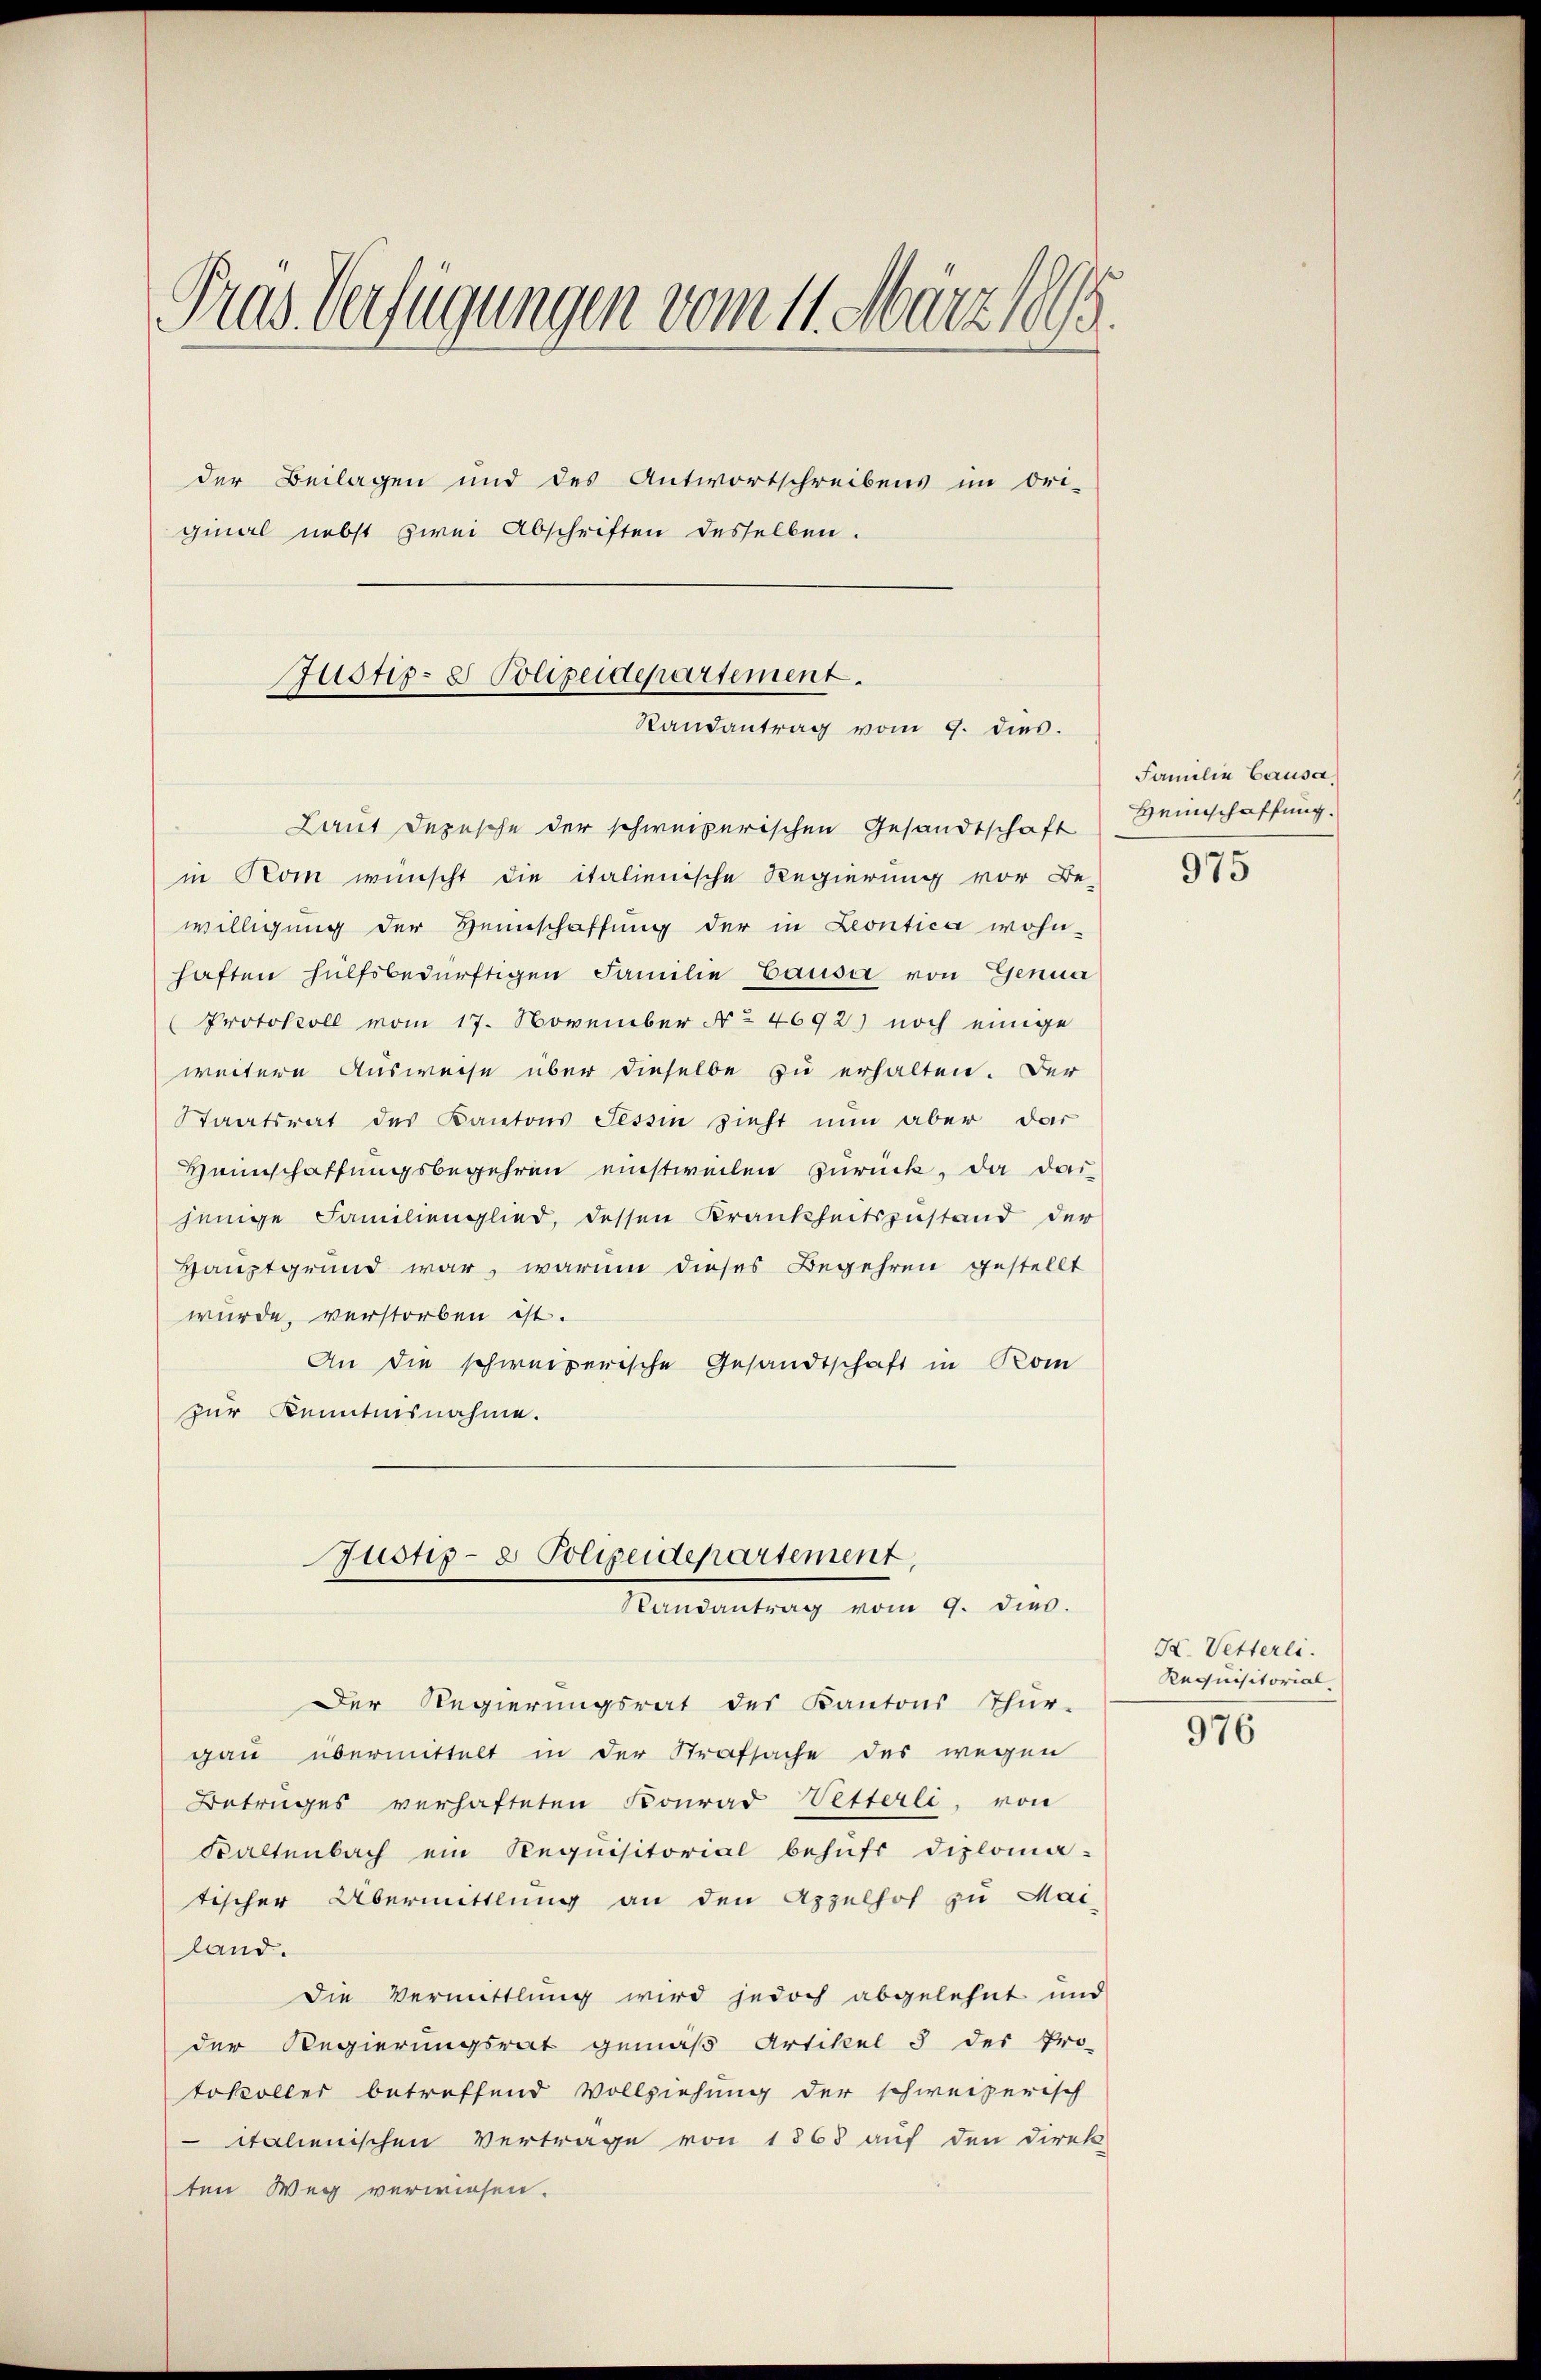
Pras Verfügungen vom 11. März 1888.
der Beilagen und des Antwortschreibens im Ori-
ginal nebst zwei Abschriften desselben.

Justiz- & Polizeidepartement.
Randantrag vom 9. dies.

Laut Depesche der schweizerischen Gesandtschaft
in Rom wünscht die italienische Regierung vor Be-
willigung der Heimschaffung der in Leontica wohn-
haften hülfsbedürftigen Familie Causa von Genua
Protokoll vom 17. November No 4692) noch einige
weitere Ausweise über dieselbe zu erhalten. Der
Staatsrat des Kantons Tessin zieht nun aber das
Heimschaffungsbegehren einstweilen Zurück, da daijenige Familienglied, dessen Krankheitszustand der
Hauptgrund war, warum dieses Begehren gestellt
wurde, verstorben ist.
An die schweizerische Gesandtschaft in Kom
zur Kenntnisnahme.
Justiz- & Polizeidepartement,
Randantrag vom 9. dies.
Der Regierungsrat des Kantons Thur-
gau übermittelt in der Strafsache des wegen
Betruges verhafteten Konrad Vetterli, von
Faltenbach ein Requisitorial behufs diploma-
tischer Übermittlung an den Appelhof zu Mai-
land.
Die Vermittlung wird jedoch abgelehnt und
der Regierungsrat gemäß Artikel 3 des Pro-
tokoller betreffend Vollziehung der schweizerisch
talienischen Vertrage von 1863 auf den Direk
ten Weg verwiesen.

Familie Causa,
Heimschaffung.

975

X. Vetterli.
Requisitorial
976